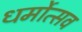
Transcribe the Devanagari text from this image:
धर्मोत्सव